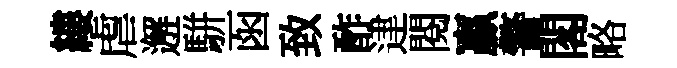
縷虐邂駢函致酢䢖閱贏警閣略